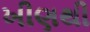
ખીણથી